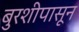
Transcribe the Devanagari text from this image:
बुरशीपासून